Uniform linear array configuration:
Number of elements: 48
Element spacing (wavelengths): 0.5
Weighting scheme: cosine
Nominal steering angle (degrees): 15
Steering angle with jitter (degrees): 16.206
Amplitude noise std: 0.05
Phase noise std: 0.05

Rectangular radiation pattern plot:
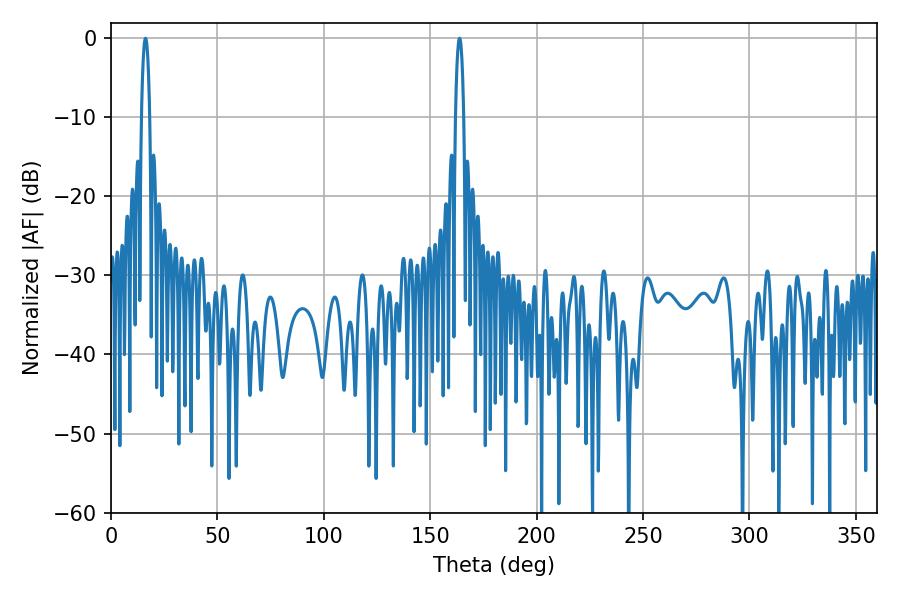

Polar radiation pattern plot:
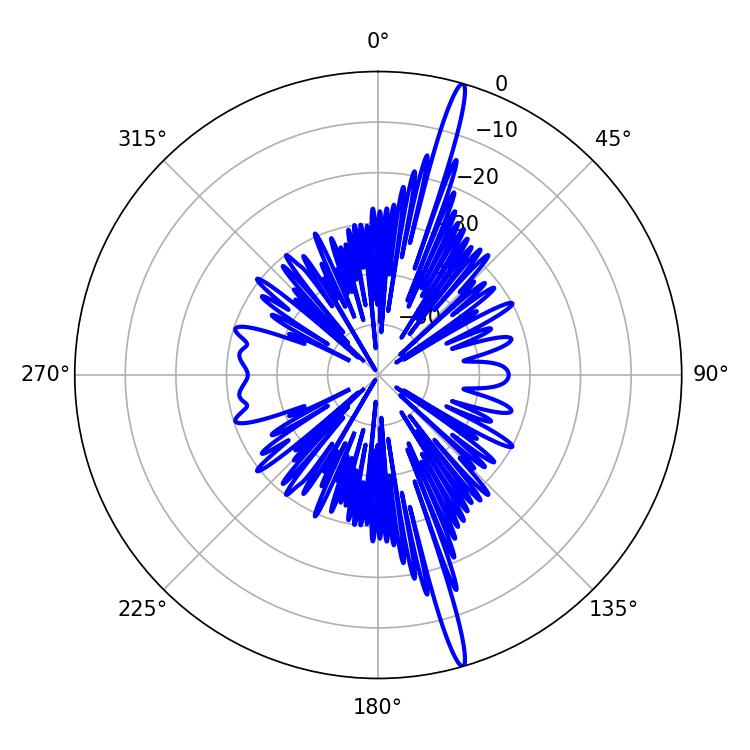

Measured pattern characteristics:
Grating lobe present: FALSE
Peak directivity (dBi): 19.194
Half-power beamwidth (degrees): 2.16
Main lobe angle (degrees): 16.2